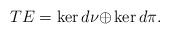
LaTeX: \begin{align*}TE = \ker d\nu\mathcal{\oplus}\ker d\pi.\end{align*}